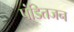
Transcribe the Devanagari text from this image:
पंडितजन